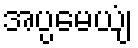
အပ္ပမေယျံ